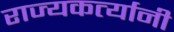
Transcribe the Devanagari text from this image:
राज्यकर्त्यानी